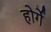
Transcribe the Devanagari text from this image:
होर्गे